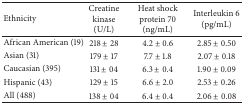
<table><thead><tr><td><b>Ethnicity</b></td><td><b>Creatine kinase (U/L)</b></td><td><b>Heat shock protein 70 (ng/mL)</b></td><td><b>Interleukin 6 (pg/mL)</b></td></tr></thead><tbody><tr><td>African American (19)</td><td>218 ± 28</td><td>4.2 ± 0.6</td><td>2.85 ± 0.50</td></tr><tr><td>Asian (31)</td><td>179 ± 17</td><td>7.7 ± 1.8</td><td>2.07 ± 0.18</td></tr><tr><td>Caucasian (395)</td><td>131 ± 04</td><td>6.3 ± 0.4</td><td>1.90 ± 0.09</td></tr><tr><td>Hispanic (43)</td><td>129 ± 15</td><td>6.6 ± 2.0</td><td>2.53 ± 0.26</td></tr><tr><td>All (488)</td><td>138 ± 04</td><td>6.4 ± 0.4</td><td>2.06 ± 0.08</td></tr></tbody></table>